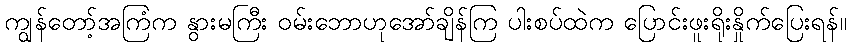
ကျွန်တော့်အကြံက နွားမကြီး ဝမ်းဘောဟုအော်ချိန်ကြ ပါးစပ်ထဲက ပြောင်းဖူးရိုးနှိုက်ပြေးရန်။